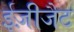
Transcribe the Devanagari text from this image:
ईज़ीजैट